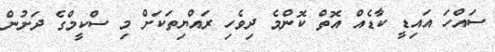
ސައްހަ އައިޑީ ކާޑެއް އޮތް ކޮންމެ ދިވެހި ރައްޔިތަކަށް މި ސްކީމްގެ ދަށުން